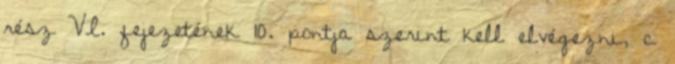
rész VI. fejezetének 10. pontja szerint kell elvégezni, c